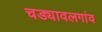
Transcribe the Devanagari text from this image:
चड्यावलगांव